Kambja_algkool, lk 67
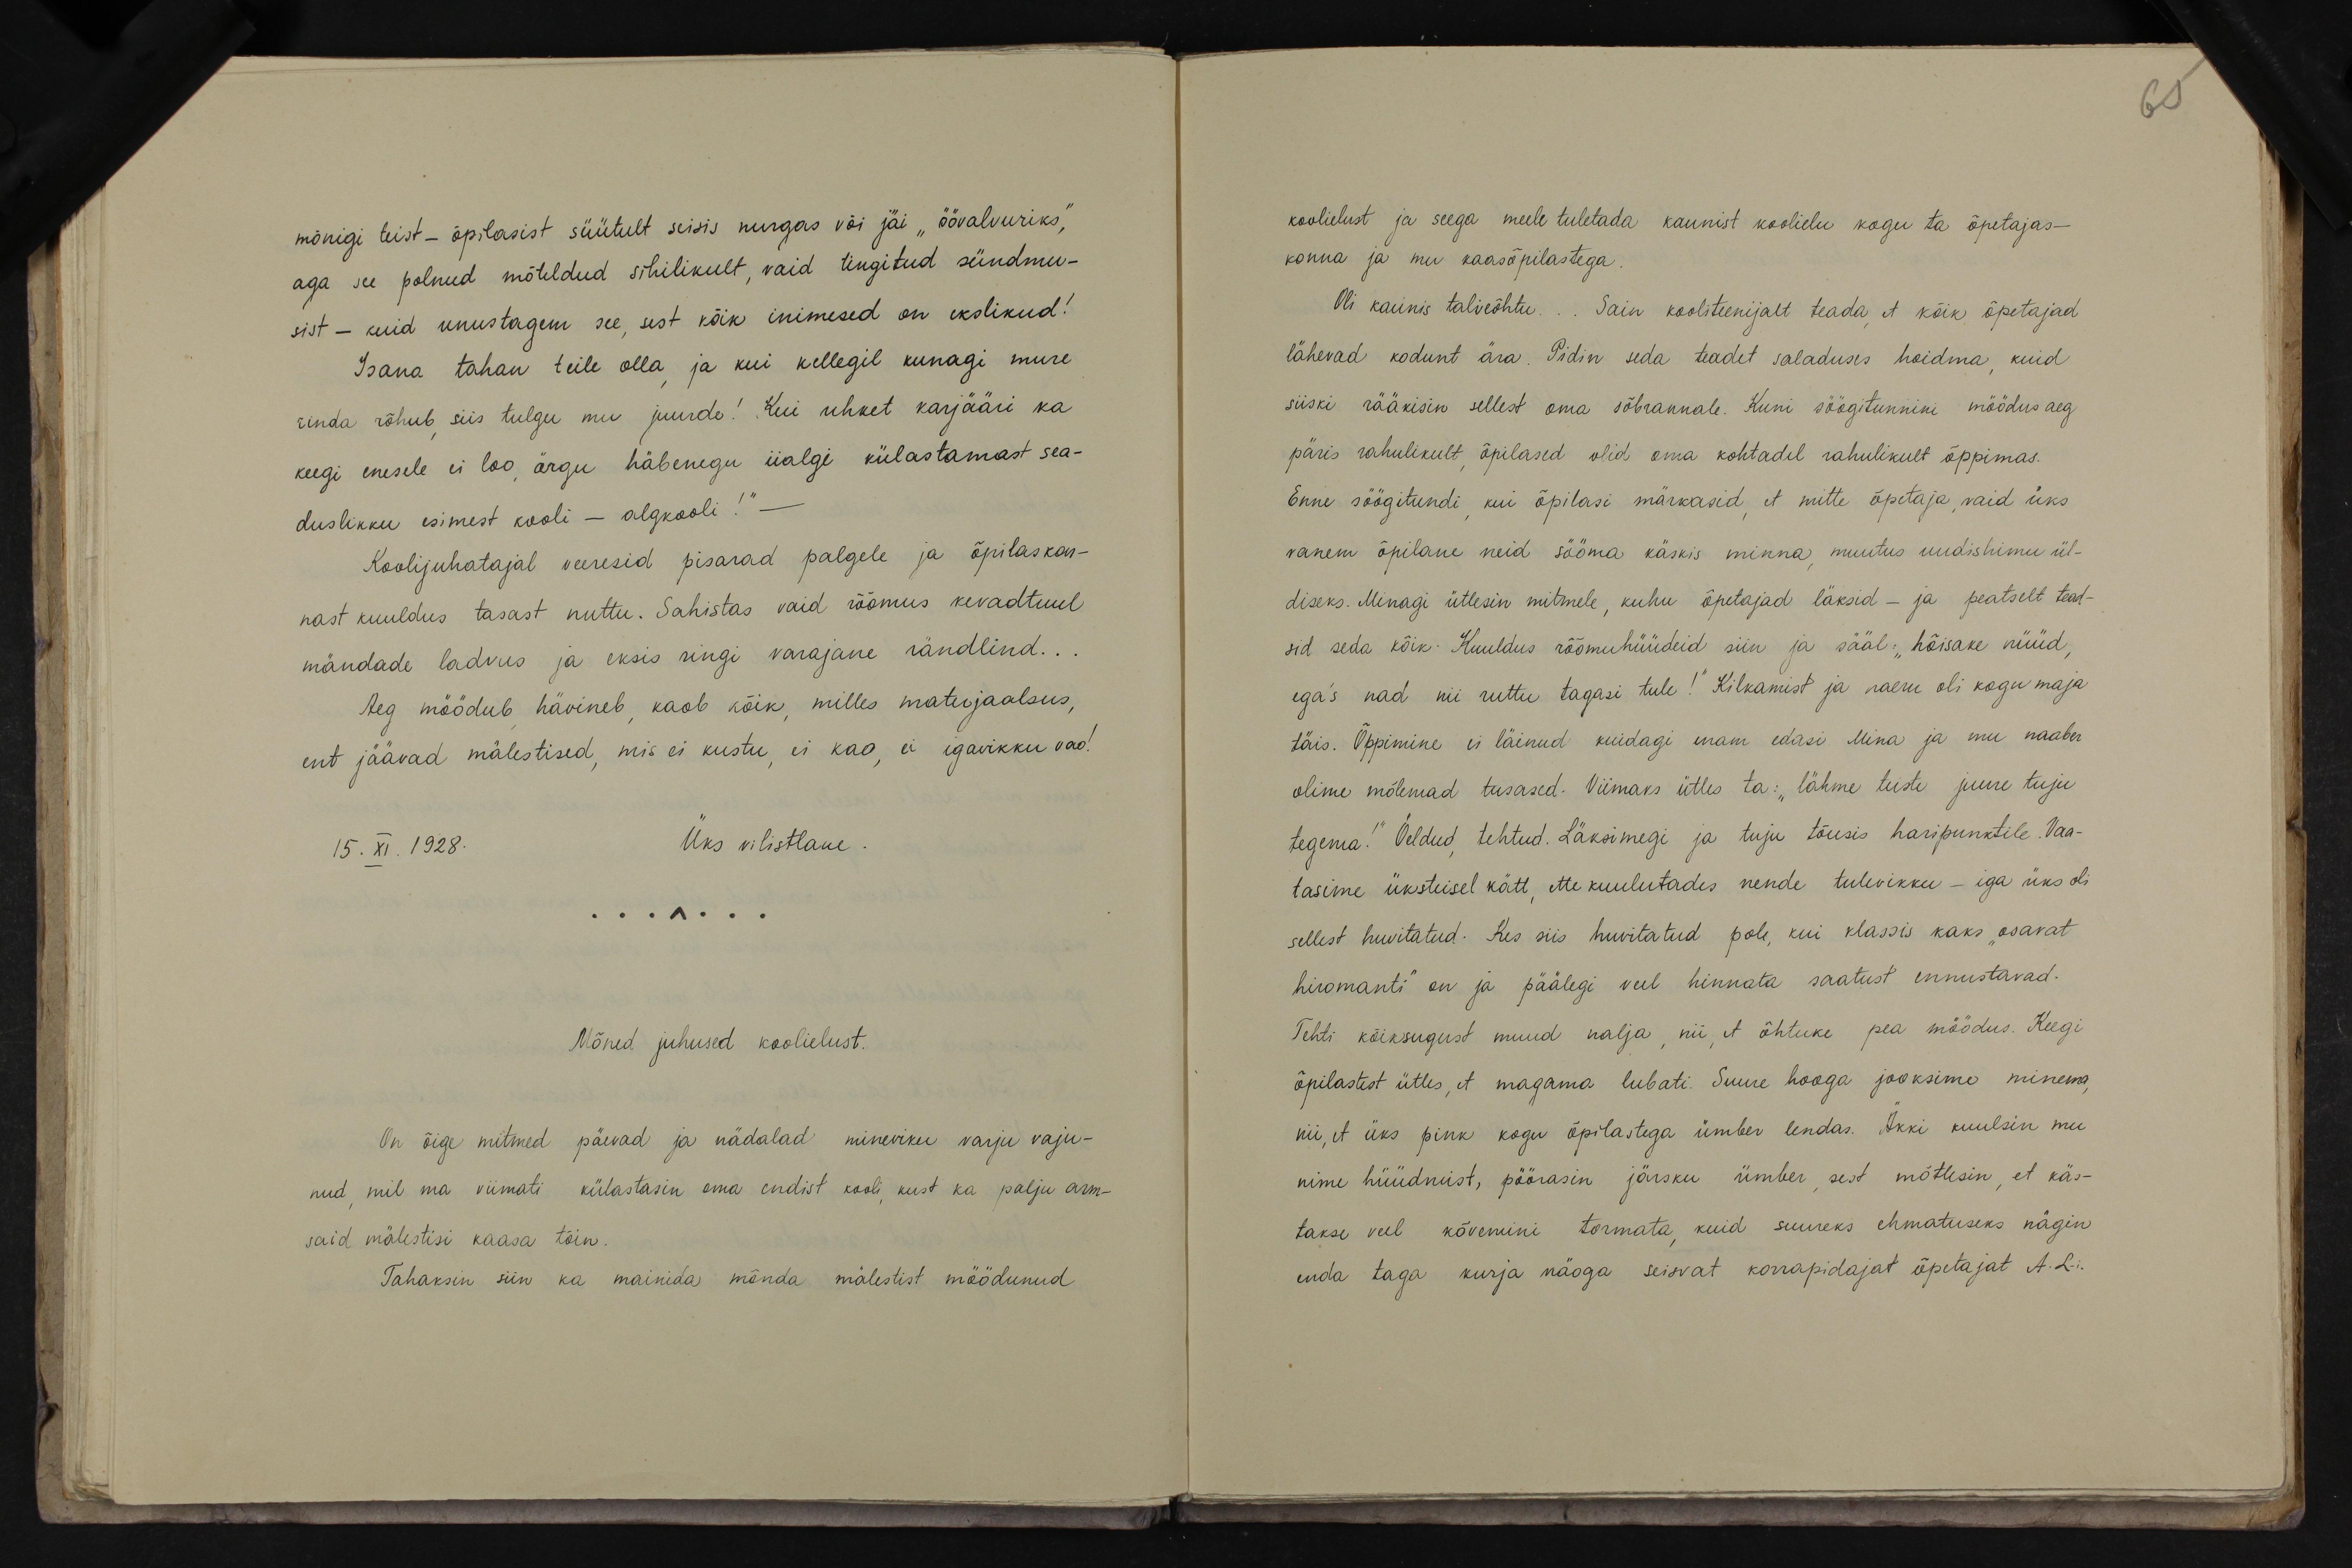
65

mõnigi teist - õpilasist süütult seisis nurgas või jäi "öövalvuriks",
aga see polnud mõteldud sihilikult, vaid tingitud sündmu-
sist - kuid unustagem see, sest kõik inimesed on ekslikud!
Isana tahan teile olla ja kui kellegil kunagi mure
rinda rõhub siis tulgu mu juurde! Kui uhket karjääri ka
keegi enesele ei loo, ärgu häbenegu iialgi külastamast sea-
duslikku esimest kooli - algkooli!“ -
Koolijuhatajal veeresid pisarad palgele ja õpilaskon-
nast kuuldus tasast nuttu. Sahistas vaid rõõmus kevadtuul
mändade ladvus ja eksis ringi varajane rändlind...
Aeg möödub, hävineb, kaob kõik, milles materjaalsus,
ent jäävad mälestised, mis ei kustu ei kao, ei igavikku vao!
15. XI. 1928. Üks vilistlane.
Mõned juhused koolielust.
On õige mitmed päevad ja nädalad mineviku varju vaju-
nud, mil ma viimati külastasin oma endist kooli kust ka palju arm-
said mälestisi kaasa tõin.
Tahaksin siin ka mainida mõnda mälestist möödunud

koolielust ja seega meele tuletada kaunist koolielu kogu ta õpetajas-
konna ja mu kaasõpilastega.
Oli kaunis talveõhtu... Sain kooliteenijalt teada et kõik õpetajad
lähevad kodunt ära. Pidin seda teadet saladuses hoidma kuid
siiski rääkisin sellest oma sõbrannale. Kuni söögitunnini möödus aeg
päris rahulikult õpilased olid oma kohtadel rahplikult õppimas.
Enne söögitundi kui õpilasi märkasid et mitte õpetaja, vaid üks
vanem õpilane neid sööma käskis minna muutus uudishimu ül-
diseks. Minagi ütlesin mitmele, kuhu õpetajad läksid - ja peatselt tead-
sid seda kõik. Kuuldus rõõmuhüüdeid siin ja sääl: "hõisake nüüd
ega's nad nii ruttu tagasi tule! Kilkamist ja naeru oli kogu maja
täis. Õppimine ei läinud kuidagi enam edasi. Mina ja mu naaber
olime mõlemad tusased. Viimaks ütles ta: "lähme teiste juure tuju
tegema." Õeldud tehtud. Läksimegi ja tuju tõusis haripunktile. Vaa-
tasime üksteisel kätt ette kuulutades nende tulevikku - iga üks oli
sellest huvitatud. Kes siis huvitalud pole, kui klassis kaks "osavat
hiromanti" on ja päälegi veel hinnata saatust ennustavad.
Tehti kõiksugust muud nalja nii, et õhtuke pea möödus. Keegi
õpilastest ütles, et magama lubati. Suure hooga jooksime minema
nii, et üks pink kogu õpilastega ümber lendas. Akki kuulsin mu-
nime hüüdmist, pöörasin järsku ümber sest mõtlesin, et käs-
takse veel kõvemini tormata, kuid suureks ehmatuseks nägin
enda taga kurja näoga seisvat korrapidajat õpetajat A.L-i.